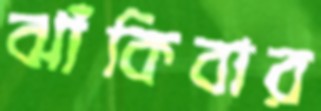
ঝাঁকিবার